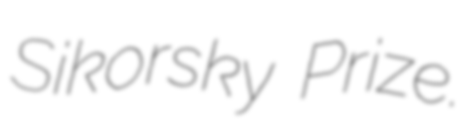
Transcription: Sikorsky Prize.